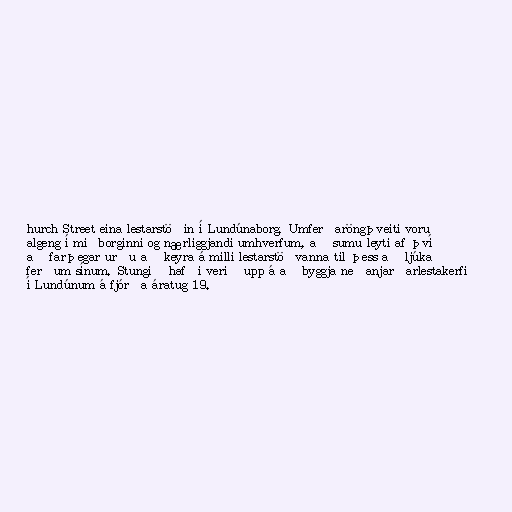
hurch Street eina lestarstöðin í Lundúnaborg. Umferðaröngþveiti voru
algeng í miðborginni og nærliggjandi umhverfum, að sumu leyti af því
að farþegar urðu að keyra á milli lestarstöðvanna til þess að ljúka
ferðum sínum. Stungið hafði verið upp á að byggja neðanjarðarlestakerfi
í Lundúnum á fjórða áratug 19.